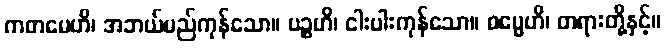
ကတမေဟိ၊ အဘယ်မည်ကုန်သော။ ပဉ္စဟိ၊ ငါးပါးကုန်သော။ ဓမ္မေဟိ၊ တရားတို့နှင့်။